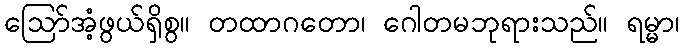
ဩော်အံ့ဖွယ်ရှိစွ။ တထာဂတော၊ ဂေါတမဘုရားသည်။ ရမ္မာ၊